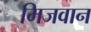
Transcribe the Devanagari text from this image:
मिजवान